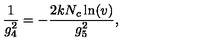
\frac { 1 } { g _ { 4 } ^ { 2 } } = - \frac { 2 k N _ { c } \ln ( v ) } { g _ { 5 } ^ { 2 } } ,